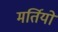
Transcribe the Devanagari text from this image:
मर्तियों